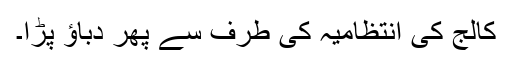
کالج کی انتظامیہ کی طرف سے پھر دباؤ پڑا۔